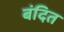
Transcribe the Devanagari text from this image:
बंदित